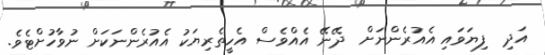
އަދި  ފިޔަވައި އެއުރެންނަށް  ދޭނޭ އެއްވެސް އެހީތެރިޔަކު އެއުރެންނަކަށް ނުވާހުށްޓެވެ.